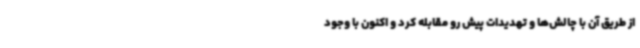
از طریق آن با چالش‌ها و تهدیدات پیش رو مقابله کرد و اکنون با وجود